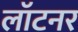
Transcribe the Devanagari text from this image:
लॉटनर